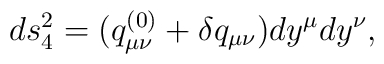
ds_4^2 = (q^{(0)}_{\mu\nu}+\delta q_{\mu\nu})dy^{\mu}dy^{\nu},